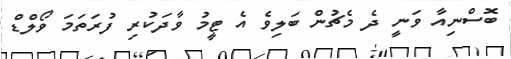
ބޮސްނިއާ ވަނީ ދެ މެޗުން ބަލިވެ އެ ޓީމު ވާދަކުރި ފުރަތަމަ ވޯލްޑް